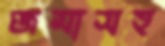
জমাসহ